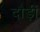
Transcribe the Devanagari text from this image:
दौड़ीं